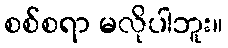
စစ်စရာ မလိုပါဘူး။